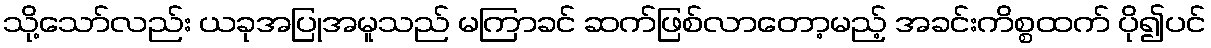
သို့သော်လည်း ယခုအပြုအမူသည် မကြာခင် ဆက်ဖြစ်လာတော့မည့် အခင်းကိစ္စထက် ပို၍ပင်